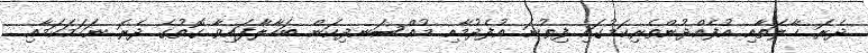
ދެރަ ޙާލަތާއި އުފެއްދުންތެރިކަމުގައި ފިތުނަ އުފެދުމާއި މުއްސަނދިކަން ބަހާލާފައިވާ ގޮތުގެ ދެރަ ނަހަމަކަމާއި